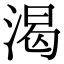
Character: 渴